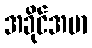
အခိုင်အမာ